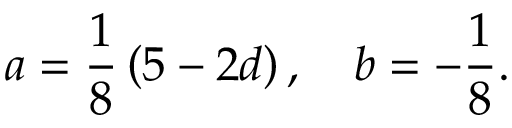
a = \frac { 1 } { 8 } \left( 5 - 2 d \right) , \quad b = - \frac { 1 } { 8 } .